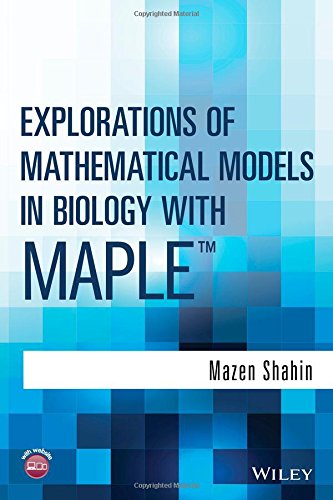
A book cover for Explorations of Mathematical Models in Biology with Maple; Mazen Shahin; Science & Math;